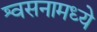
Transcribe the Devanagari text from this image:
श्वसनामध्ये